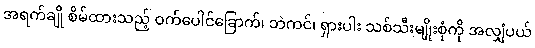
အရက်ချို စိမ်ထားသည့် ဝက်ပေါင်ခြောက်၊ ဘဲကင်၊ ရှားပါး သစ်သီးမျိုးစုံကို အလျှံပယ်